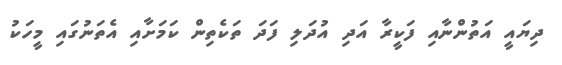
ދިޔައީ އަތުންނާއި ފަކީރާ އަދި އުދަލި ފަދަ ތަކެތިން ކަމަށާއި އެތަނުގައި މީހަކު